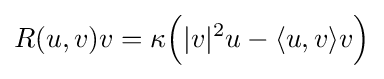
R(u,v)v=\kappa {\Big (}|v|^{2}u-\langle u,v\rangle v{\Big )}